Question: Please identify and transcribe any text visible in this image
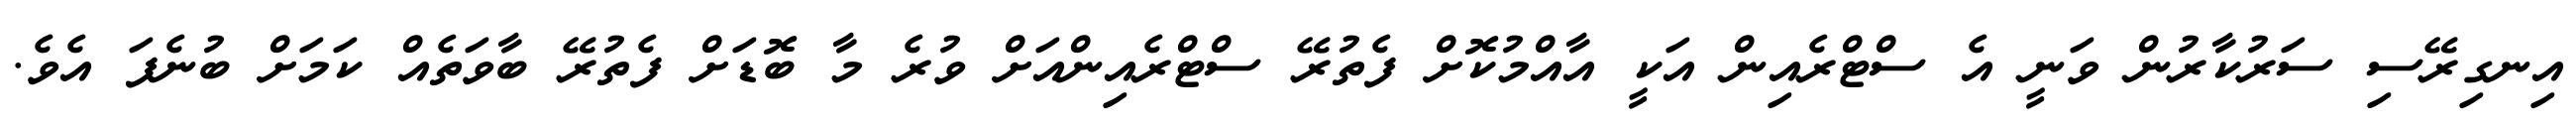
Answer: އިނގިރޭސި ސަރުކާރުން ވަނީ އެ ސްޓްރެއިން އަކީ އާއްމުކޮށް ފެތުރޭ ސްޓްރެއިންއަށް ވުރެ މާ ބޮޑަށް ފެތުރޭ ބާވަތެއް ކަމަށް ބުނެފަ އެވެ.